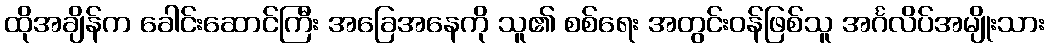
ထိုအချိန်က ခေါင်းဆောင်ကြီး အခြေအနေကို သူ၏ စစ်ရေး အတွင်းဝန်ဖြစ်သူ အင်္ဂလိပ်အမျိုးသား